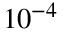
1 0 ^ { - 4 }